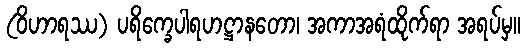
(ဝိဟာရဿ) ပရိက္ခေပါရဟဋ္ဌာနတော၊ အကာအရံထိုက်ရာ အရပ်မှ။